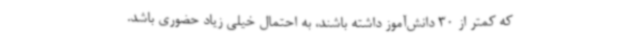
که کمتر از 30 دانش‌آموز داشته باشند، به احتمال خیلی زیاد حضوری باشد.